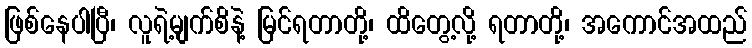
ဖြစ်နေပါပြီ၊ လူရဲ့မျက်စိနဲ့ မြင်ရတာတို့၊ ထိတွေ့လို့ ရတာတို့၊ အကောင်အထည်